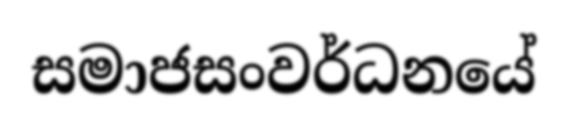
සමාජසංවර්ධනයේ